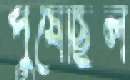
পুষেছিল